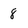
Character: 8